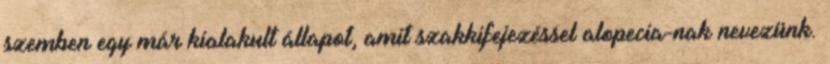
szemben egy már kialakult állapot, amit szakkifejezéssel alopecia-nak nevezünk.